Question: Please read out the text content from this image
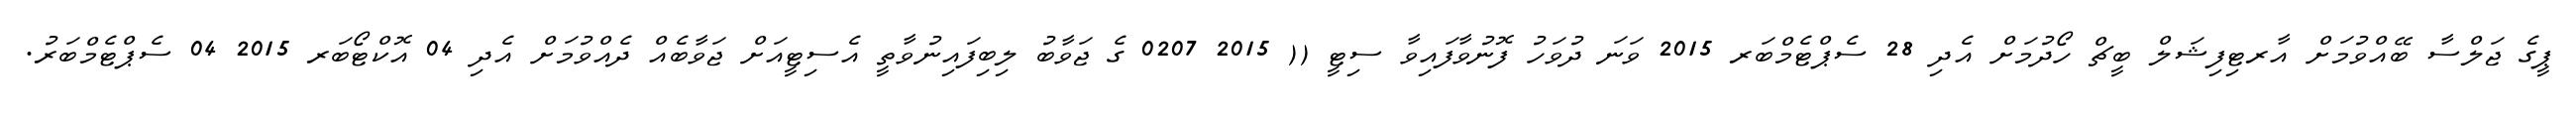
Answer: ޕީގެ ޖަލްސާ ބޭއްވުމަށް އާރޓިފިޝަލް ބީޗް ހޯދުމަށް އެދި 28 ސެޕްޓެމްބަރ 2015 ވަނަ ދުވަހު ފޮނުވާފައިވާ ސިޓީ (( 2015 0207 ގެ ޖަވާބު ލިބިފައިނުވާތީ އެސިޓީއަށް ޖަވާބެއް ދެއްވުމަށް އެދި 04 އޮކްޓޯބަރ 2015 04 ސެޕްޓެމްބަރު.